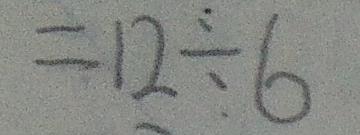
= 1 2 \div 6